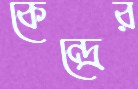
কেন্দ্রের